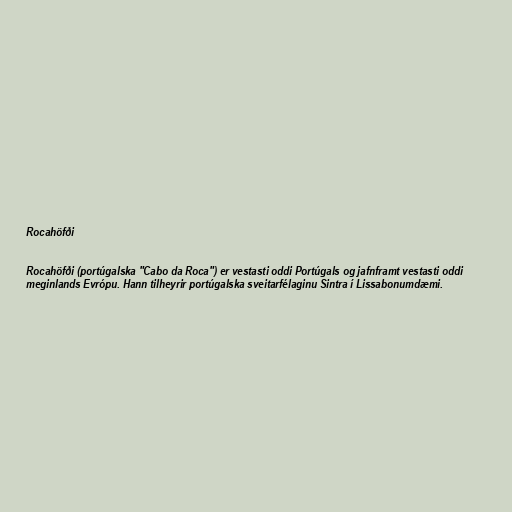
Rocahöfði

Rocahöfði (portúgalska "Cabo da Roca") er vestasti oddi Portúgals og jafnframt vestasti oddi
meginlands Evrópu. Hann tilheyrir portúgalska sveitarfélaginu Sintra í Lissabonumdæmi.